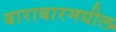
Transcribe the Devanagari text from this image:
बाराबारमधील